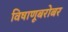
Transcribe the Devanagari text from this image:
विषाणूबरोबर